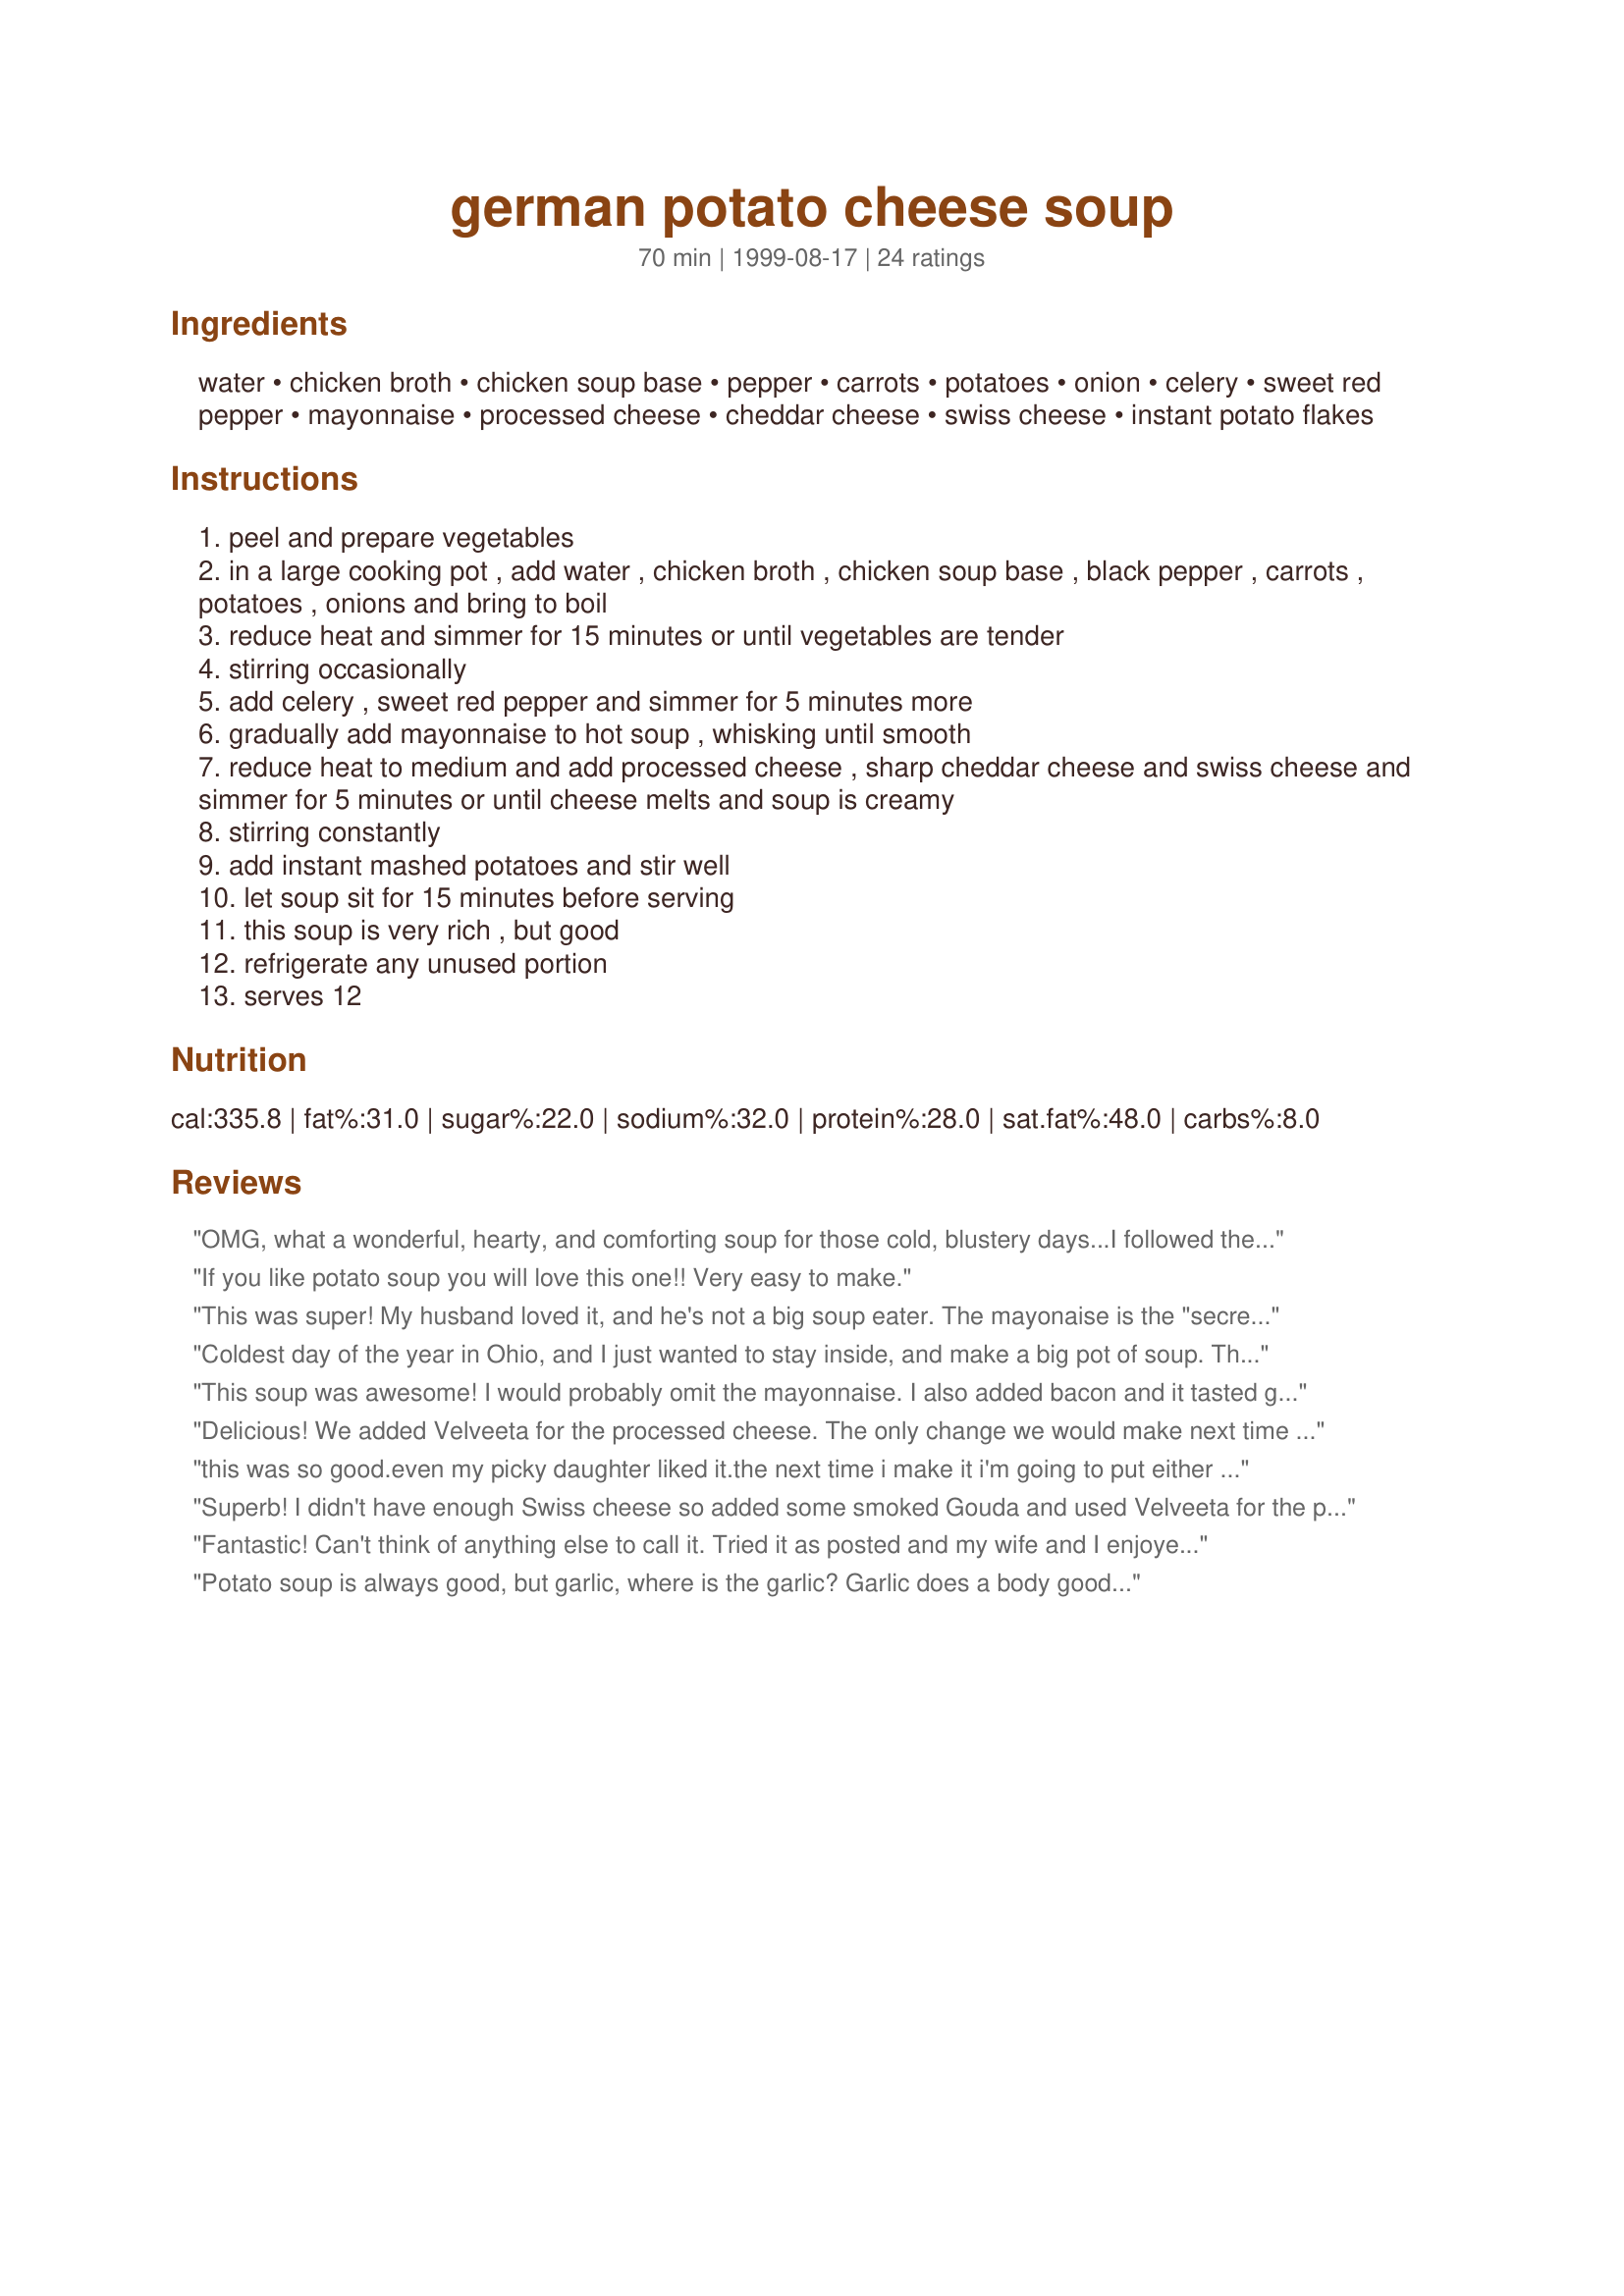
german potato cheese soup
Preparation time: 70 minutes

Ingredients:
water, chicken broth, chicken soup base, pepper, carrots, potatoes, onion, celery, sweet red pepper, mayonnaise, processed cheese, cheddar cheese, swiss cheese, instant potato flakes

Steps:
peel and prepare vegetables
in a large cooking pot , add water , chicken broth , chicken soup base , black pepper , carrots , potatoes , onions and bring to boil
reduce heat and simmer for 15 minutes or until vegetables are tender
stirring occasionally
add celery , sweet red pepper and simmer for 5 minutes more
gradually add mayonnaise to hot soup , whisking until smooth
reduce heat to medium and add processed cheese , sharp cheddar cheese and swiss cheese and simmer for 5 minutes or until cheese melts and soup is creamy
stirring constantly
add instant mashed potatoes and stir well
let soup sit for 15 minutes before serving
this soup is very rich , but good
refrigerate any unused portion
serves 12

Reviews:
OMG, what a wonderful, hearty, and comforting soup for those cold, blustery days...I followed the recipe exactly, except I used black pepper instead of white because that is what I had, and I used Velveeta for the processed cheese. I was a bit skeptical because I am not wild about Swiss cheese, but I wanted to stick to the recipe. I am OH SO GLAD that I did! The taste and texture of this soup is out of this world!!! Would also be great with some broccoli added...next time;) Definite keeper! Thanks Uncle Bill!!
~Manda
If you like potato soup you will love this one!! Very easy to make.
This was super! My husband loved it, and he's not a big soup eater. The mayonaise is the "secret ingredient" that makes it German, I think. I used regular mayo and added 1/4 cup sugar - works just the same. I also left out the process cheese and substituted Parmesan cheese for the Swiss. Still great!
Coldest day of the year in Ohio, and I just wanted to stay inside, and make a big pot of soup. This was perfect! Initially, I was skeptical of the Miracle Whip, but it gave this soup that inimitable "something", that was just right. I'm not a red pepper fan, but instead, added some steamed broccoli and cauliflower, stirred in at the end. Also, something about this soup, just screamed for cayenne pepper. I'm glad I listened!
This soup was awesome! I would probably omit the mayonnaise. I also added bacon and it tasted great, I think adding bacon to many soups is a German way. The consistency of this soup I will try to change somehow it reminded me of curdled milk so I will probably omit the potato flakes and the mayonnaise hoping it will just be smoother. I made this last night and I will make it again for it reminds me of my mom & Grandma's German poatato soup. Oh and I didn't have any red pepper but it was still very filling!
Delicious! We added Velveeta for the processed cheese. The only change we would make next time is to add more potatoes.
this was so good.even my picky daughter liked it.the next time i make it i'm going to put either ham or polish kielbasa in with the soup
Superb! I didn't have enough Swiss cheese so added some smoked Gouda and used Velveeta for the processed cheese. Wonderfully rich and flavorful. I'm sure broccoli, ham or bacon bits would be nice additions, but we loved it just as it is. Thank you!
Fantastic! Can't think of anything else to call it. Tried it as posted and my wife and I enjoyed it. Will be making again, next time I might try adding some broccoli or turkey bacon to see if things can get any better. Thanks for posting.
Potato soup is always good, but garlic, where is the garlic? Garlic does a body good...
A litttle salty, but went wondefully with milk
This was sooo yummy! I, too, used all chicken stock, but I couldn't bring myself to add the mayo...it was fabulous. I also used an immersion blender at the end for a smoother texture. This will be one of my regulars. Thank you, Dave!
This soup is wonderfully decadent. It is great when served with a salad and some crusty french bread to get every drop of soup out of the bowl. I have made this soup several times. It's very hearty and comforting.
Oh this was delicious another 5 stars form the family. The only thing I didnâ€™t have was the sweet red peppers somehow I over looked them. I loved the unexpected mayonnaise, no one could guess what the surprise ingredient was, when told it was Mayonnaise they all looked at me with shock and disbelieve. I served this with Normâ€™s Quick Rolls, another great soup night. Thank you for one more amazing recipe.
We love this. The second time we made it we threw the celery and carrots into the food processor, because we wanted a smoother texture. Instead of water and chicken boullioun I just use chicken stock. Overall Fantastic!
Wonderful soup, extremely hearty and delicious. My only mistake was making it as a first dish. No one had any room left for anything else... Thanks for the entry Uncle Bill!
very rich but yummy, and easy to make.
Perfect!! So very rich and cheesy. Since my husband thinks a meal is incomplete without some sort of meat, I added about 1 cup of sliced german sausage and it gave this just the right amount of spiciness without too much meat.
When I die, I know that they certainly will serve this in heaven. It is out of this world, and Dave is a "soup genius" in my family! I wanted a potato soup recipe at the last minute and just picked this one. No need to go any father. This is THE potato soup. The only thing I did differently was to use ALL chicken broth instead of water. Thank you, thank you Dave.
WOW!! This is great soup! I cut it to 6 servings, and the 2 of us ate almost the whole pot! I think the Miracle Whip definatly gave it a distinct flavor. It's very cheesy, very hearty, all we had with this was french bread and veggie sticks. That's all that was needed to make a great lunch! Thanks, Uncle Bill, we will make this a lot.
Thanks for steering to this one Uncle Bill. Its outstanding! (as was expected). Took me a minute to understand the soup base ingredient. Essentially, I made 4 cups of chicken broth and then added 2.5 cups of veggie broth (or chicken broth if you choose). The cheese combination was perfectly balanced. Not overly cheesy... just well balanced. Next time I'm going to change the brand of instant potatoes I used (it made the texture a little grainy) but the soup was fabulous nonetheless. THanks. Dave (Grandma lives halfway around the country, no review yet from her)
Wonderful! I am not a fan of red peppers, so those were left out. Hubby hates carrots, omitted those as well. Used all chicken stock. Did use the mayo, used velvetta for the processed cheese. Did use the cheddar and swiss. The family loved it.
Really delicious! I followed another posters suggestion and chopped down the carrots in a blender.....just pulse.....Creamy, and the most decadent soup I have ever experienced. I do recommend tasting towards the end.....You will most likely want to salt and pepper to your liking! Thanks for a GREAT recipe!
Delicious! I love potato cheese soup, but hadn't ever tried to make any at home. This recipe helped me make the best I've ever had. I followed the recipe exactly. Even my boyfriend, who "doesn't like" this kind of soup chowed down on it. Defininitely a keeper. Thanks Uncle Bill!
